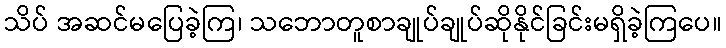
သိပ် အဆင်မပြေခဲ့ကြ၊ သဘောတူစာချုပ်ချုပ်ဆိုနိုင်ခြင်းမရှိခဲ့ကြပေ။